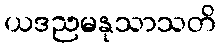
ယဒညမနုသာသတိ